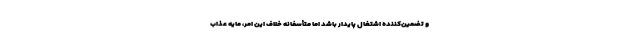
و تضمین‌کننده اشتغال پایدار باشد اما متأسفانه خلاف این امر، مایه عذاب